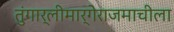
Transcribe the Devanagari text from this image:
तुंगार्लीमार्गेराजमाचीला